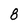
Character: 8